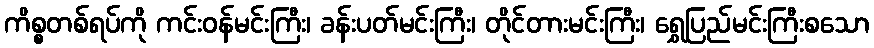
ကိစ္စတစ်ရပ်ကို ကင်းဝန်မင်းကြီး၊ ခန်းပတ်မင်းကြီး၊ တိုင်တားမင်းကြီး၊ ရွှေပြည်မင်းကြီးစသော